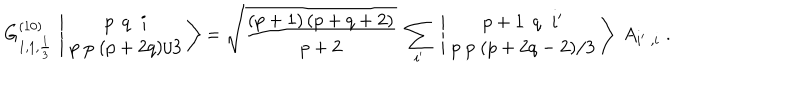
LaTeX: G _ { 1 , 1 , { \frac { 1 } { 3 } } } ^ { ( 1 0 ) } \, \left| \, { p \; \, q \; \; i \atop p \; p \; ( p + 2 q ) / 3 } \, \right\rangle = \sqrt { \frac { ( p + 1 ) \, ( p + q + 2 ) } { p + 2 } } \; \sum _ { i ^ { \prime } } \; \left| \, { p + 1 \; \, q \; \; i ^ { \prime } \atop p \; p \; ( p + 2 q - 2 ) / 3 } \, \right\rangle \; A _ { i ^ { \prime } \; , i } \; .